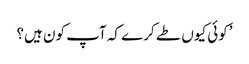
’کوئی کیوں طے کرے کہ آپ کون ہیں؟